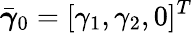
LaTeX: \bar{\boldsymbol{\gamma}}_{0}=[\gamma_{1},\gamma_{2},0]^{T}